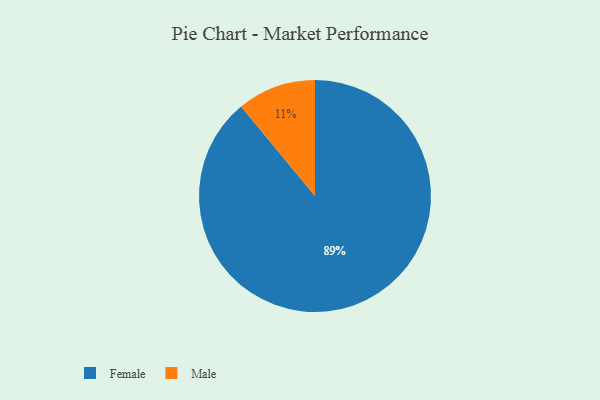
{"axis": {"x": "Category", "y": "Percentage"}, "legend": ["Female", "Male"], "data": [{"x": "Female", "y": 89, "type": "Female"}, {"x": "Male", "y": 11, "type": "Male"}]}